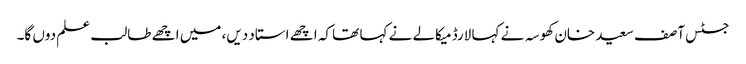
جسٹس آصف سعید خان کھوسہ نے کہا لارڈ میکالے نے کہا تھا کہ اچھے استاد دیں، میں اچھے طالب علم دوں گا۔